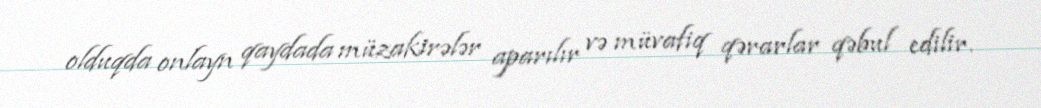
olduqda onlayn qaydada müzakirələr aparılır və müvafiq qərarlar qəbul edilir.